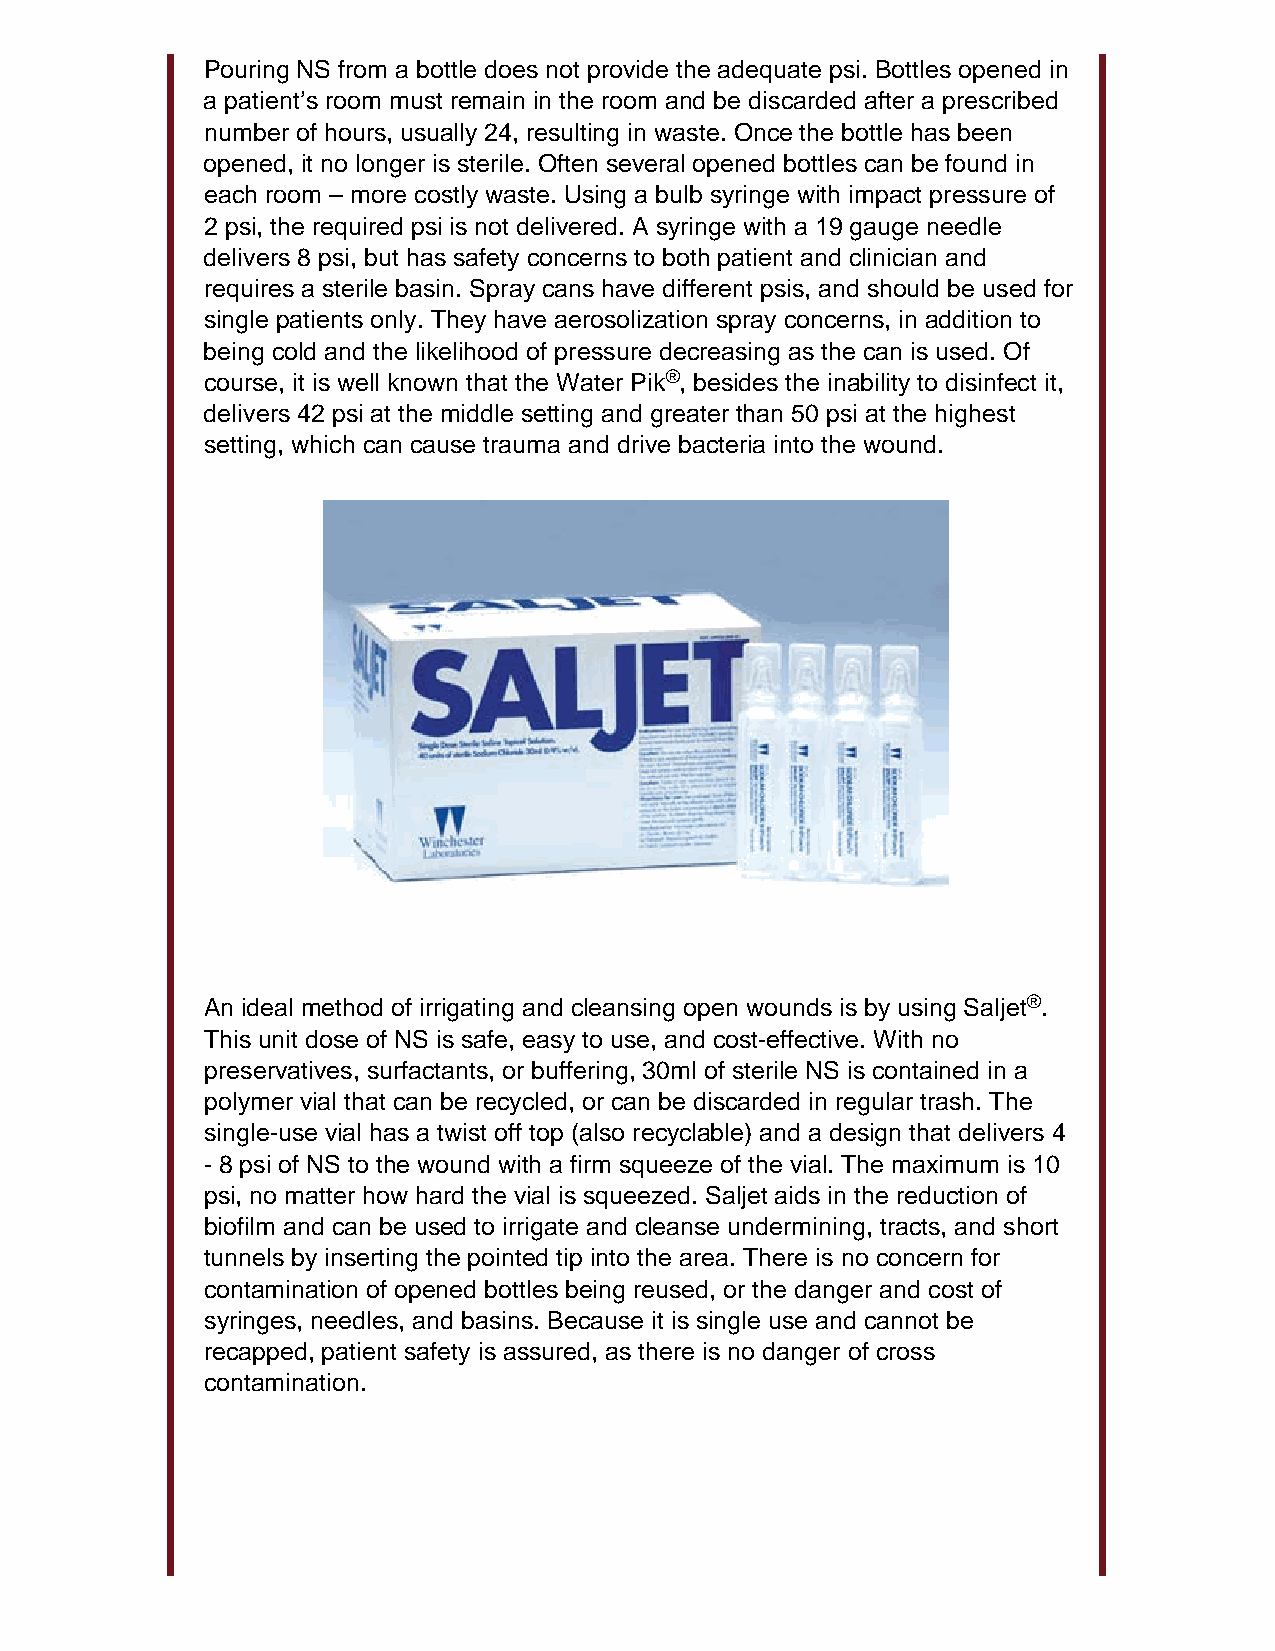
Pouring NS from a bottle does not provide the adequate psi. Bottles opened in
 a patient’s room must remain in the room and be discarded after a prescribed
 number of hours, usually 24, resulting in waste. Once the bottle has been
 opened, it no longer is sterile. Often several opened bottles can be found in
 each room – more costly waste. Using a bulb syringe with impact pressure of
 2 psi, the required psi is not delivered. A syringe with a 19 gauge needle
 delivers 8 psi, but has safety concerns to both patient and clinician and
 requires a sterile basin. Spray cans have different psis, and should be used for
 single patients only. They have aerosolization spray concerns, in addition to
 being cold and the likelihood of pressure decreasing as the can is used. Of
 course, it is well known that the Water Pik®, besides the inability to disinfect it,
 delivers 42 psi at the middle setting and greater than 50 psi at the highest
 setting, which can cause trauma and drive bacteria into the wound.
 An ideal method of irrigating and cleansing open wounds is by using Saljet®.
 This unit dose of NS is safe, easy to use, and cost-effective. With no
 preservatives, surfactants, or buffering, 30ml of sterile NS is contained in a
 polymer vial that can be recycled, or can be discarded in regular trash. The
 single-use vial has a twist off top (also recyclable) and a design that delivers 4
 - 8 psi of NS to the wound with a firm squeeze of the vial. The maximum is 10
 psi, no matter how hard the vial is squeezed. Saljet aids in the reduction of
 biofilm and can be used to irrigate and cleanse undermining, tracts, and short
 tunnels by inserting the pointed tip into the area. There is no concern for
 contamination of opened bottles being reused, or the danger and cost of
 syringes, needles, and basins. Because it is single use and cannot be
 recapped, patient safety is assured, as there is no danger of cross
 contamination.